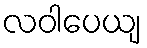
လဝါပေယျ